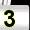
Digit: 3